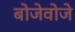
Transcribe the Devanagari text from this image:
बोजेवोजे